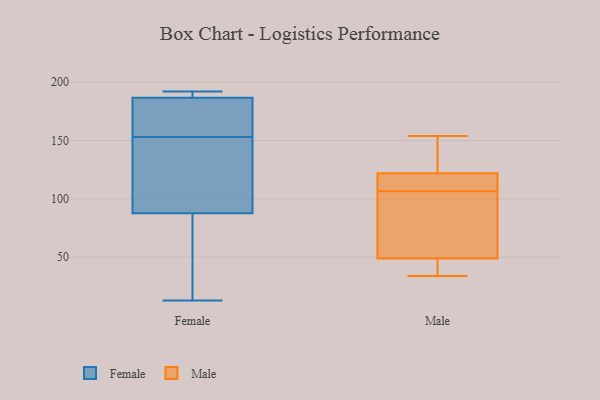
{"axis": {"x": "LTV (USD)", "y": "Value"}, "legend": ["Female", "Male"], "data": [{"x": "", "y": 174, "type": "Female"}, {"x": "", "y": 191, "type": "Female"}, {"x": "", "y": 153, "type": "Female"}, {"x": "", "y": 108, "type": "Female"}, {"x": "", "y": 191, "type": "Female"}, {"x": "", "y": 192, "type": "Female"}, {"x": "", "y": 153, "type": "Female"}, {"x": "", "y": 127, "type": "Female"}, {"x": "", "y": 23, "type": "Female"}, {"x": "", "y": 13, "type": "Female"}, {"x": "", "y": 81, "type": "Female"}, {"x": "", "y": 122, "type": "Male"}, {"x": "", "y": 100, "type": "Male"}, {"x": "", "y": 115, "type": "Male"}, {"x": "", "y": 105, "type": "Male"}, {"x": "", "y": 143, "type": "Male"}, {"x": "", "y": 116, "type": "Male"}, {"x": "", "y": 49, "type": "Male"}, {"x": "", "y": 49, "type": "Male"}, {"x": "", "y": 76, "type": "Male"}, {"x": "", "y": 37, "type": "Male"}, {"x": "", "y": 154, "type": "Male"}, {"x": "", "y": 123, "type": "Male"}, {"x": "", "y": 34, "type": "Male"}, {"x": "", "y": 108, "type": "Male"}]}